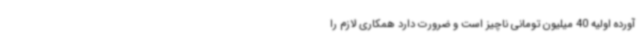
آورده اولیه 40 میلیون تومانی ناچیز است و ضرورت دارد همکاری لازم را